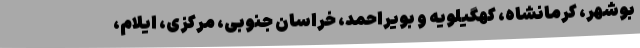
بوشهر، کرمانشاه، کهگیلویه و بویراحمد، خراسان جنوبی، مرکزی، ایلام،